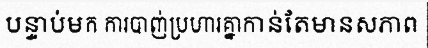
បន្ទាប់មក ការបាញ់ប្រហារគ្នាកាន់តែមានសភាព